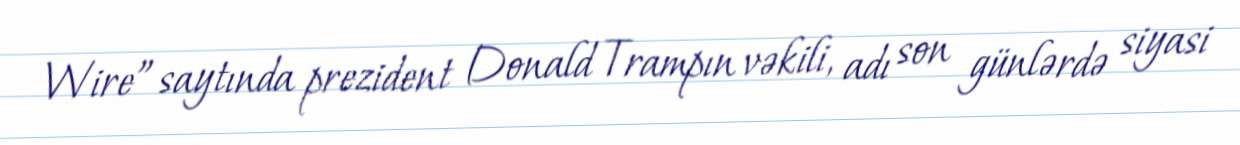
Wire” saytında prezident Donald Trampın vəkili, adı son günlərdə siyasi